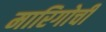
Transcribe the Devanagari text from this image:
मारिगोची